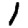
Digit: 1